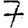
Digit: 7